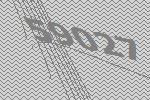
59027